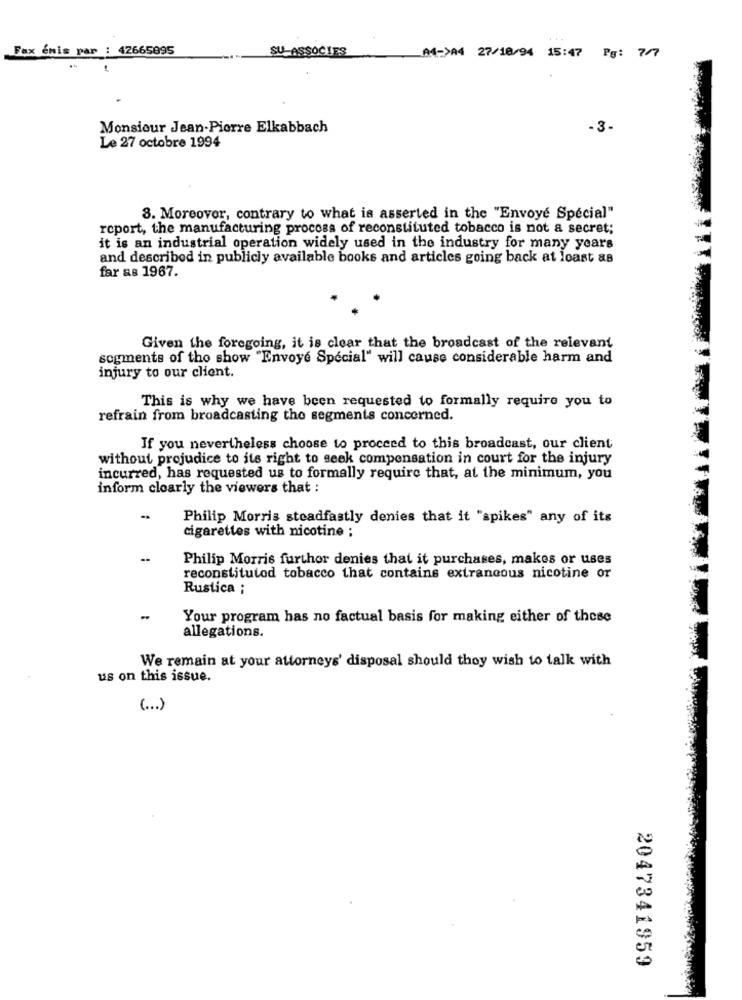
Fax emis par : 42665095
SU-ASSOCIES
A4->A4 27/18/94 15:47 Pg: 7/7
Monsieur Jean-Pierre Elkabbach
-3 -
Le 27 octobre 1994
8. Moreover, contrary to what is asserted in the "Envoyé Spécial"
report, the manufacturing process of reconstituted tobacco is not a secret;
it is an industrial operation widely used in the industry for many years
and described in publicly available books and articles going back at least as
far as 1967.
Given the foregoing, it is clear that the broadcast of the relevant
segments of tho show "Envoyé Special" will cause considerable harm and
injury to our client.
This is why we have been requested to formally require you to
refrain from broadcasting the segments concerned.
If you nevertheless choose to proceed to this broadcast, our client
without projudice to its right to seek compensation in court for the injury
incurred, has requested us to formally require that, at the minimum, you
inform clearly the viewers that :
Philip Morris steadfastly denies that it "spikes" any of its
cigarettes with nicotine ;
Philip Morris furthor denies that it purchases, makes or uses
reconstituted tobacco that contains extraneous nicotine or
Rustica ;
Your program has no factual basis for making either of these
allegations.
We remain at your attorneys' disposal should they wish to talk with
us on this issue
( ... )
2047341959